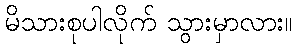
မိသားစုပါလိုက် သွားမှာလား။